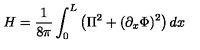
H = \frac { 1 } { 8 \pi } \int _ { 0 } ^ { L } \left( \Pi ^ { 2 } + ( \partial _ { x } \Phi ) ^ { 2 } \right) d x